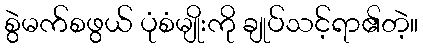
စွဲမက်စဖွယ် ပုံစံမျိုးကို ချုပ်သင့်ရာ၏တဲ့။